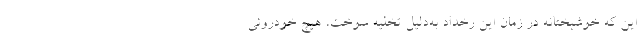
این که خوشبختانه در زمان این رخداد به‌دلیل تخلیه سوخت، هیچ خودروئی